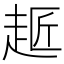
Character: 䞪